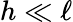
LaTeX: h\ll\ell